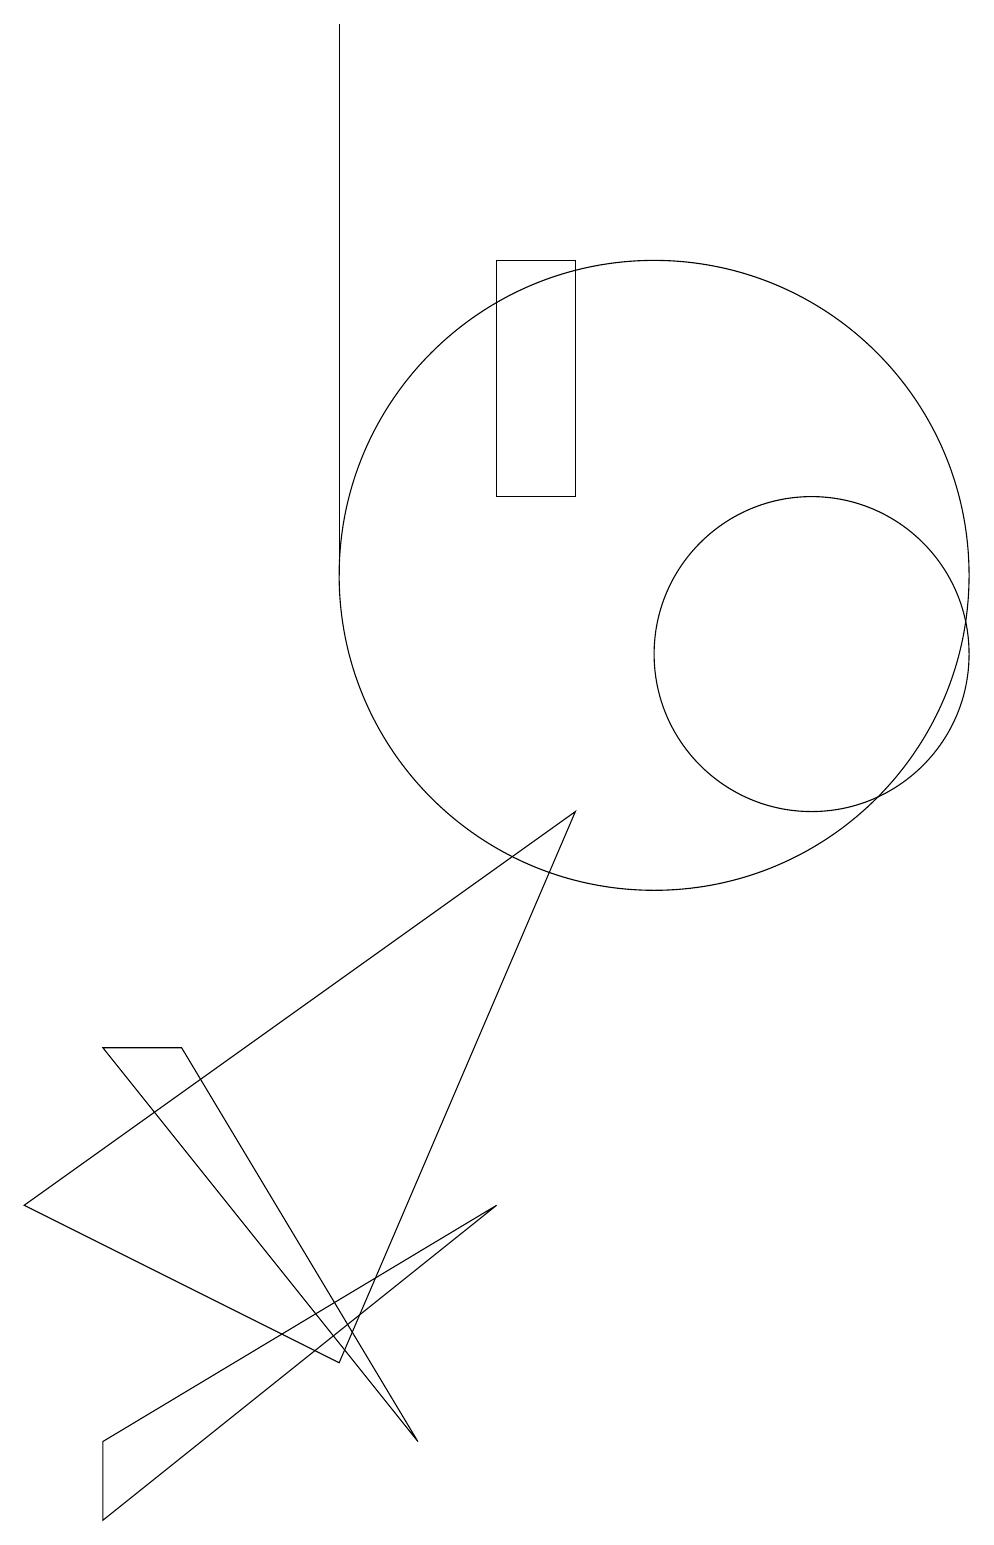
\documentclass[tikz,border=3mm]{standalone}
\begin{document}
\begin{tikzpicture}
\draw (12,11) circle (2);
\draw (10,12) circle (4);
\draw (3,0) -- (3,1) -- (8,4) -- cycle;
\draw (8,16) rectangle (9,13);
\draw (6,12) rectangle (6,19);
\draw (6,2) -- (9,9) -- (2,4) -- cycle;
\draw (7,1) -- (3,6) -- (4,6) -- cycle;
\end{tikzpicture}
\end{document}